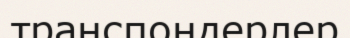
транспондерлер